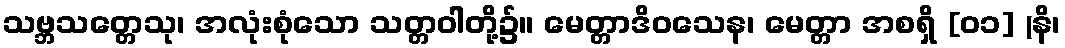
သဗ္ဘသတ္တေသု၊ အလုံးစုံသော သတ္တဝါတို့၌။ မေတ္တာဒိဝသေန၊ မေတ္တာ အစရှိ [၀၁] (နိ၊